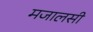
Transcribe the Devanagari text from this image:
मजालसी